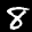
Label: 8